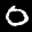
Label: 0